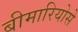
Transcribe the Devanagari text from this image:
बीमारियोसे